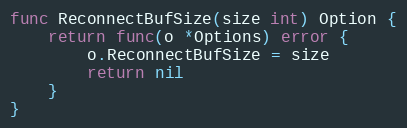
Language: Go
func ReconnectBufSize(size int) Option {
	return func(o *Options) error {
		o.ReconnectBufSize = size
		return nil
	}
}